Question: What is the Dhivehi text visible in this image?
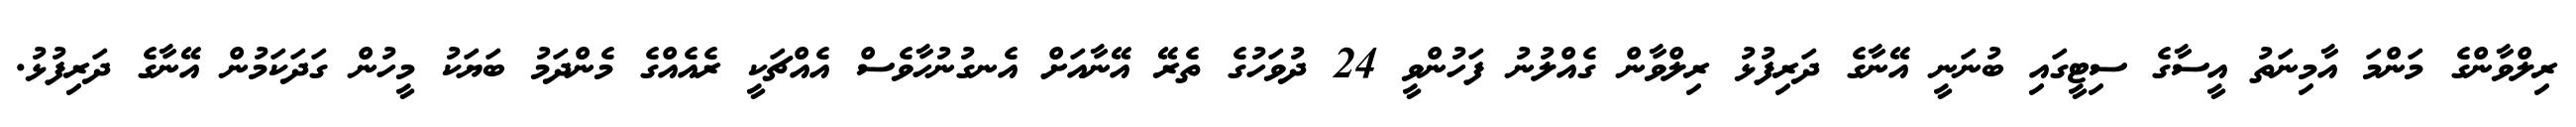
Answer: ރިލްވާންގެ މަންމަ އާމިނަތު އީސާގެ ސިޓީގައި ބުނަނީ އޭނާގެ ދަރިފުޅު ރިލްވާން ގެއްލުނު ފަހުންވީ 24 ދުވަހުގެ ތެރޭ އޭނާއަށް އެނގުނުހާވެސް އެއްޗަކީ ރެއެއްގެ މެންދަމު ބަޔަކު މީހުން ގަދަކަމުން އޭނާގެ ދަރިފުޅު.